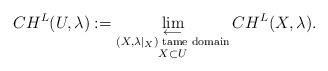
LaTeX: \begin{align*}CH^L(U,\lambda) := \lim_{\substack{\longleftarrow\\ (X,\lambda|_X) \textrm{ tame domain}\\ X\subset U\\ }}CH^L(X,\lambda).\end{align*}